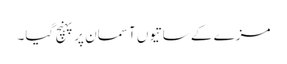
مزے کے ساتیوں آسمان پر پہنچ گیا۔